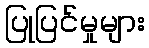
ပြုပြင်မှုများ